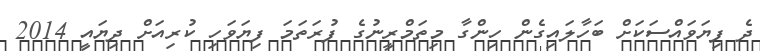
ދެ ފިޔަވައްސަކަށް ބަހާލައިގެން ހިންގާ މިތަމްރީނުގެ ފުރަތަމަ ފިޔަވަހި ކުރިއަށް ދިޔައީ 2014